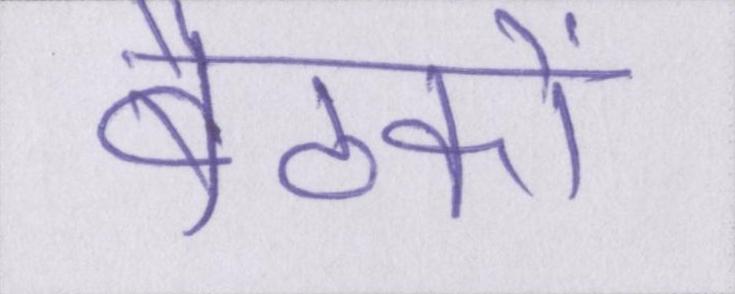
बैठकों